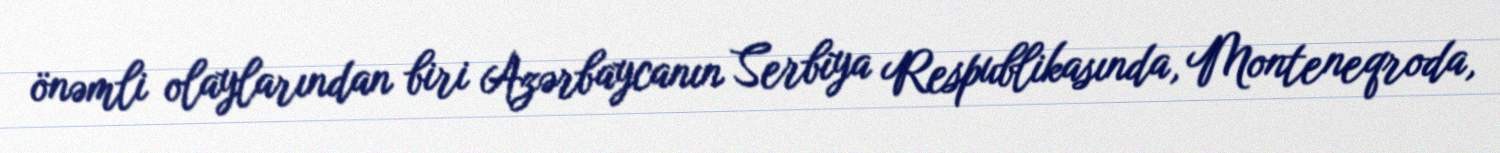
önəmli olaylarından biri Azərbaycanın Serbiya Respublikasında, Monteneqroda,